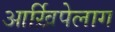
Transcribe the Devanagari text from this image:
आर्ख़िपेलाग